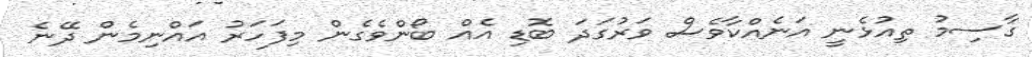
ގާސިމު ތިއުޅެނީ އަނެއްކާވެސް ވަރުގަދަ ބޮޑި އެއް ބޯންވެގެން މިފަހަރު އައްނިމެން ދޭނެ